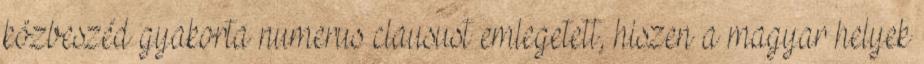
közbeszéd gyakorta numerus clausust emlegetett, hiszen a magyar helyek